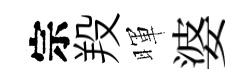
宗羖暉婆